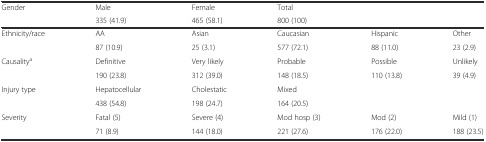
<table><thead><tr><td><b>Gender</b></td><td><b>Male</b></td><td><b>Female</b></td><td><b>Total</b></td><td></td><td></td></tr><tr><td></td><td><b>335 (41.9)</b></td><td><b>465 (58.1)</b></td><td><b>800 (100)</b></td><td></td><td></td></tr></thead><tbody><tr><td>Ethnicity/race</td><td>AA</td><td>Asian</td><td>Caucasian</td><td>Hispanic</td><td>Other</td></tr><tr><td></td><td>87 (10.9)</td><td>25 (3.1)</td><td>577 (72.1)</td><td>88 (11.0)</td><td>23 (2.9)</td></tr><tr><td>Causality<sup>a</sup></td><td>Definitive</td><td>Very likely</td><td>Probable</td><td>Possible</td><td>Unlikely</td></tr><tr><td></td><td>190 (23.8)</td><td>312 (39.0)</td><td>148 (18.5)</td><td>110 (13.8)</td><td>39 (4.9)</td></tr><tr><td>Injury type</td><td>Hepatocellular</td><td>Cholestatic</td><td>Mixed</td><td></td><td></td></tr><tr><td></td><td>438 (54.8)</td><td>198 (24.7)</td><td>164 (20.5)</td><td></td><td></td></tr><tr><td>Severity</td><td>Fatal (5)</td><td>Severe (4)</td><td>Mod hosp (3)</td><td>Mod (2)</td><td>Mild (1)</td></tr><tr><td></td><td>71 (8.9)</td><td>144 (18.0)</td><td>221 (27.6)</td><td>176 (22.0)</td><td>188 (23.5)</td></tr></tbody></table>